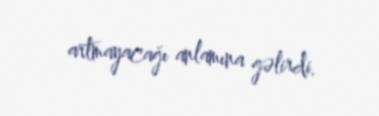
artmayacağı anlamına gəlirdi.